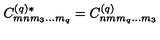
C _ { m n m _ { 3 } \ldots m _ { q } } ^ { ( q ) * } = C _ { n m m _ { q } \ldots m _ { 3 } } ^ { ( q ) }